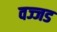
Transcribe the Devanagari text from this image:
वज्जड